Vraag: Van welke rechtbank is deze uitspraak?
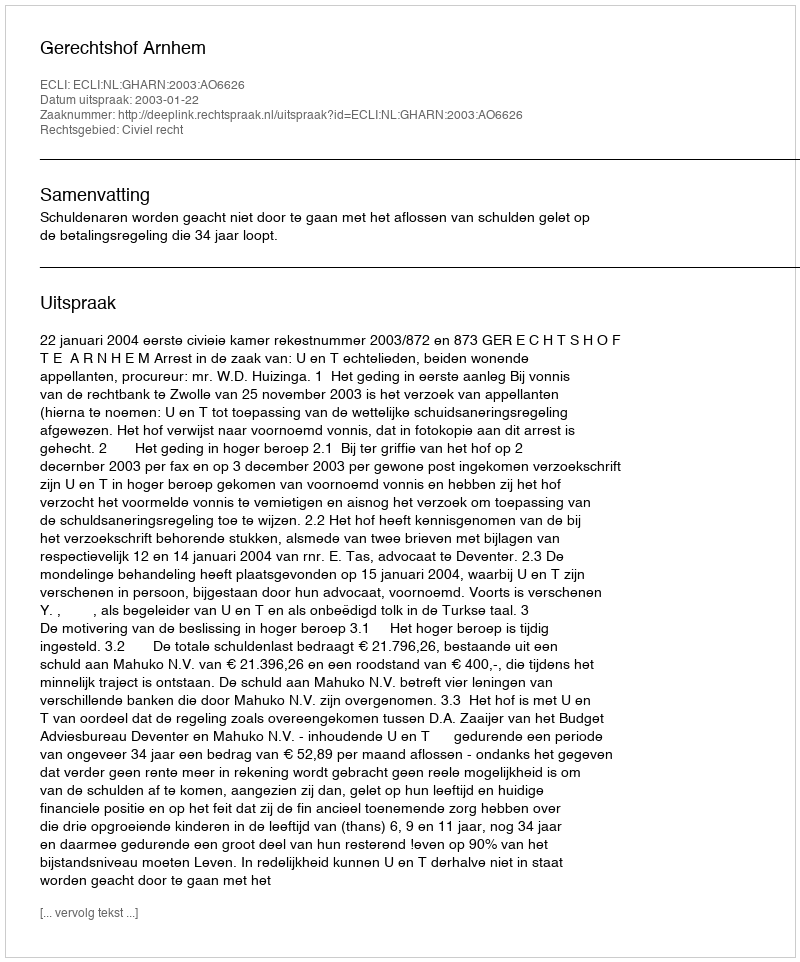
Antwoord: Gerechtshof Arnhem